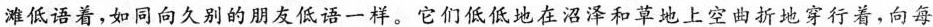
滩低语着，如同向久别的朋友低语一样。它们低低地在沼泽和草地上空曲折地穿行着，向每